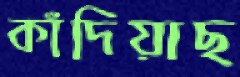
কাঁদিয়াছ